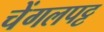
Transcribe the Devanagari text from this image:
चेंगलपट्ट